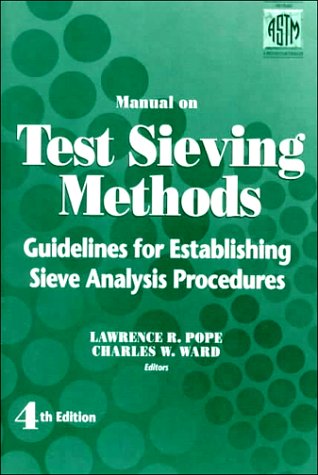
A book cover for Manual on Test Sieving Methods (Astm Manual Series); Lawrence C. Pope; Science & Math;